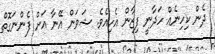
ދެން ކިހިނެއް ހަދާނީ ފިޒާން އެހިއެވެ. ޝަވަން އޭނާ އަށް ފެންނަގޮތް